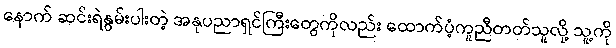
နောက် ဆင်းရဲနွမ်းပါးတဲ့ အနုပညာရှင်ကြီးတွေကိုလည်း ထောက်ပံ့ကူညီတတ်သူလို့ သူ့ကို